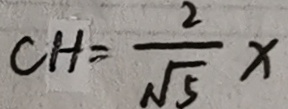
C H = \frac { 2 } { \sqrt { 5 } } x